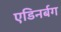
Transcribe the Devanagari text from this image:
एडिनर्बग